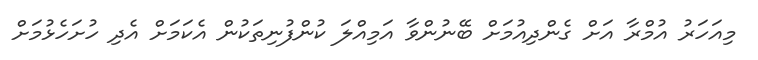
މިއަހަރު އުމްރާ އަށް ގެންދިއުމަށް ބޭނުންވާ އަމިއްލަ ކުންފުނިތަކުން އެކަމަށް އެދި ހުށަހެޅުމަށް